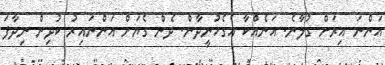
އަންނަ އިރަށް ގުލާނެ. އަނެއްކާ އެގެހުނީދާން. ދެން ގެޔަށް އަންނައިރު ކުދިން ނިދާފަ